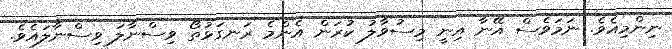
ނިންމިއެވެ. ނަމަވެސް އޭނާ އިނީ މިސުވާލު ކުރަން އެންމެ ރަނގަޅުތޯ ވިސްނާލަ ވިސްނާލައެވެ.